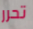
تحرر